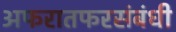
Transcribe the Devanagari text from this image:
अफरातफरसंबंधी